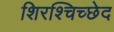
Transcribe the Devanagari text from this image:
शिरश्चिच्छेद